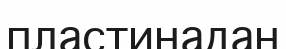
пластинадан